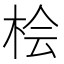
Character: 桧